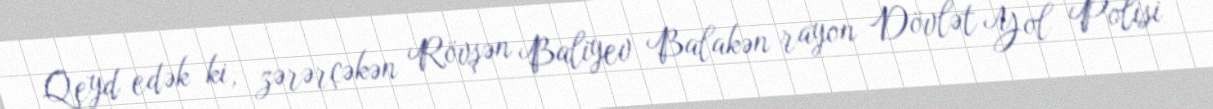
Qeyd edək ki, zərərçəkən Rövşən Baliyev Balakən rayon Dövlət Yol Polisi